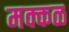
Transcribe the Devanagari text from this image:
मक्कळ